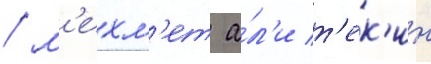
/ м'ехм'ет а́л'и т'ек'ин